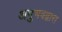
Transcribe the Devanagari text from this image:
अनुभवद्वारा